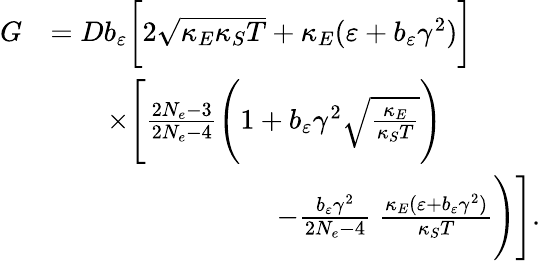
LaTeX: \begin{array}{rl}{G}&{=Db_{\varepsilon}\bigg[2\sqrt{\kappa_{E}\kappa_{S}T}+\kappa_{E}(\varepsilon+b_{\varepsilon}\gamma^{2})\bigg]}\\ &{\qquad\times\Bigg[\frac{2N_{e}-3}{2N_{e}-4}\Bigg(1+b_{\varepsilon}\gamma^{2}\sqrt{\frac{\kappa_{E}}{\kappa_{S}T}}\Bigg)}\\ &{\qquad\qquad\qquad\qquad-\frac{b_{\varepsilon}\gamma^{2}}{2N_{e}-4}\; \frac{\kappa_{E}(\varepsilon+b_{\varepsilon}\gamma^{2})}{\kappa_{S}T}\Bigg)\Bigg].}\end{array}